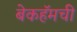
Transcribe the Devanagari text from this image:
बेकहॅमची